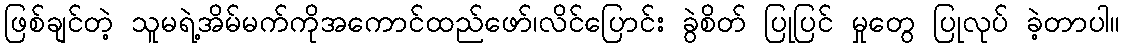
ဖြစ်ချင်တဲ့ သူမရဲ့အိမ်မက်ကိုအကောင်ထည်ဖော်၊လိင်ပြောင်း ခွဲစိတ် ပြုပြင် မှုတွေ ပြုလုပ် ခဲ့တာပါ။